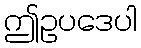
ဤဥပဒေပါ